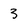
Character: 3